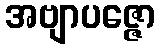
အဗျာပဇ္ဇော